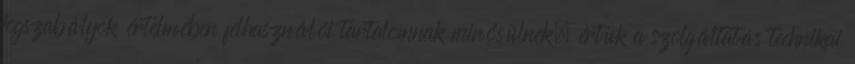
jogszabályok értelmében felhasználói tartalomnak minősülnek, értük a szolgáltatás technikai